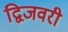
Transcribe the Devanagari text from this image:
द्विजवरी